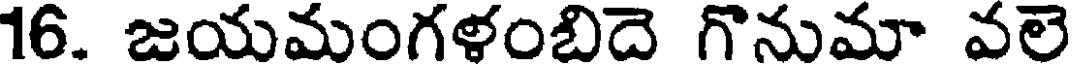
16. జయమంగళంబిదె గొనుమా వలె